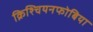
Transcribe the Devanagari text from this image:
क्रिश्चियनफोबिया